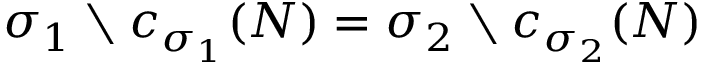
\sigma _ { 1 } \setminus c _ { \sigma _ { 1 } } ( { N } ) = \sigma _ { 2 } \setminus c _ { \sigma _ { 2 } } ( { N } )